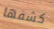
كشفها